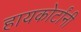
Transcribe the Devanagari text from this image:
हायकोर्टांनी